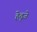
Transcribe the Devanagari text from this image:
हेतूजे